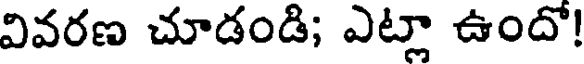
వివరణ చూడండి; ఎట్లా ఉందో!